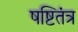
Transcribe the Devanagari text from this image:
षष्टितंत्र